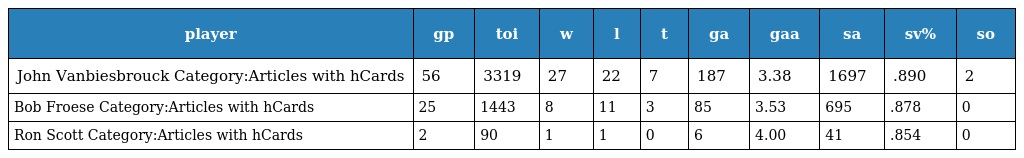
| player | gp | toi | w | l | t | ga | gaa | sa | sv% | so |
 | --- | --- | --- | --- | --- | --- | --- | --- | --- | --- | --- |
 | John Vanbiesbrouck Category:Articles with hCards | 56 | 3319 | 27 | 22 | 7 | 187 | 3.38 | 1697 | .890 | 2 |
 | Bob Froese Category:Articles with hCards | 25 | 1443 | 8 | 11 | 3 | 85 | 3.53 | 695 | .878 | 0 |
 | Ron Scott Category:Articles with hCards | 2 | 90 | 1 | 1 | 0 | 6 | 4.00 | 41 | .854 | 0 |